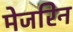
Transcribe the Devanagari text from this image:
मेजरिन